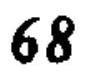
\(68\)